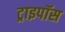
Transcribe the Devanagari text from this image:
ट्राइपॉस